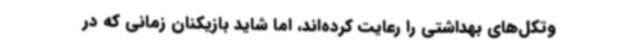
وتکل‌های بهداشتی را رعایت کرده‌اند، اما شاید بازیکنان زمانی که در